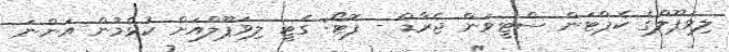
ލިވަޕޫލްގެ ކެޕްޓަން ސްޓީވަން ޖެރާޑް - ފޮޓޯ: ގެޓީ ލިވަޕޫލްއަށް ކުޅެމުން އަންނަ